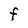
Character: F